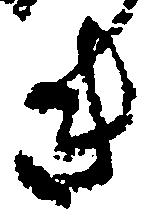
き